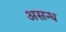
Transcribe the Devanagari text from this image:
असन्ध